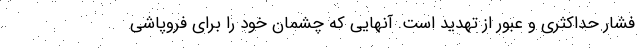
فشار حداکثری و عبور از تهدید است. آنهایی که چشمان خود را برای فروپاشی